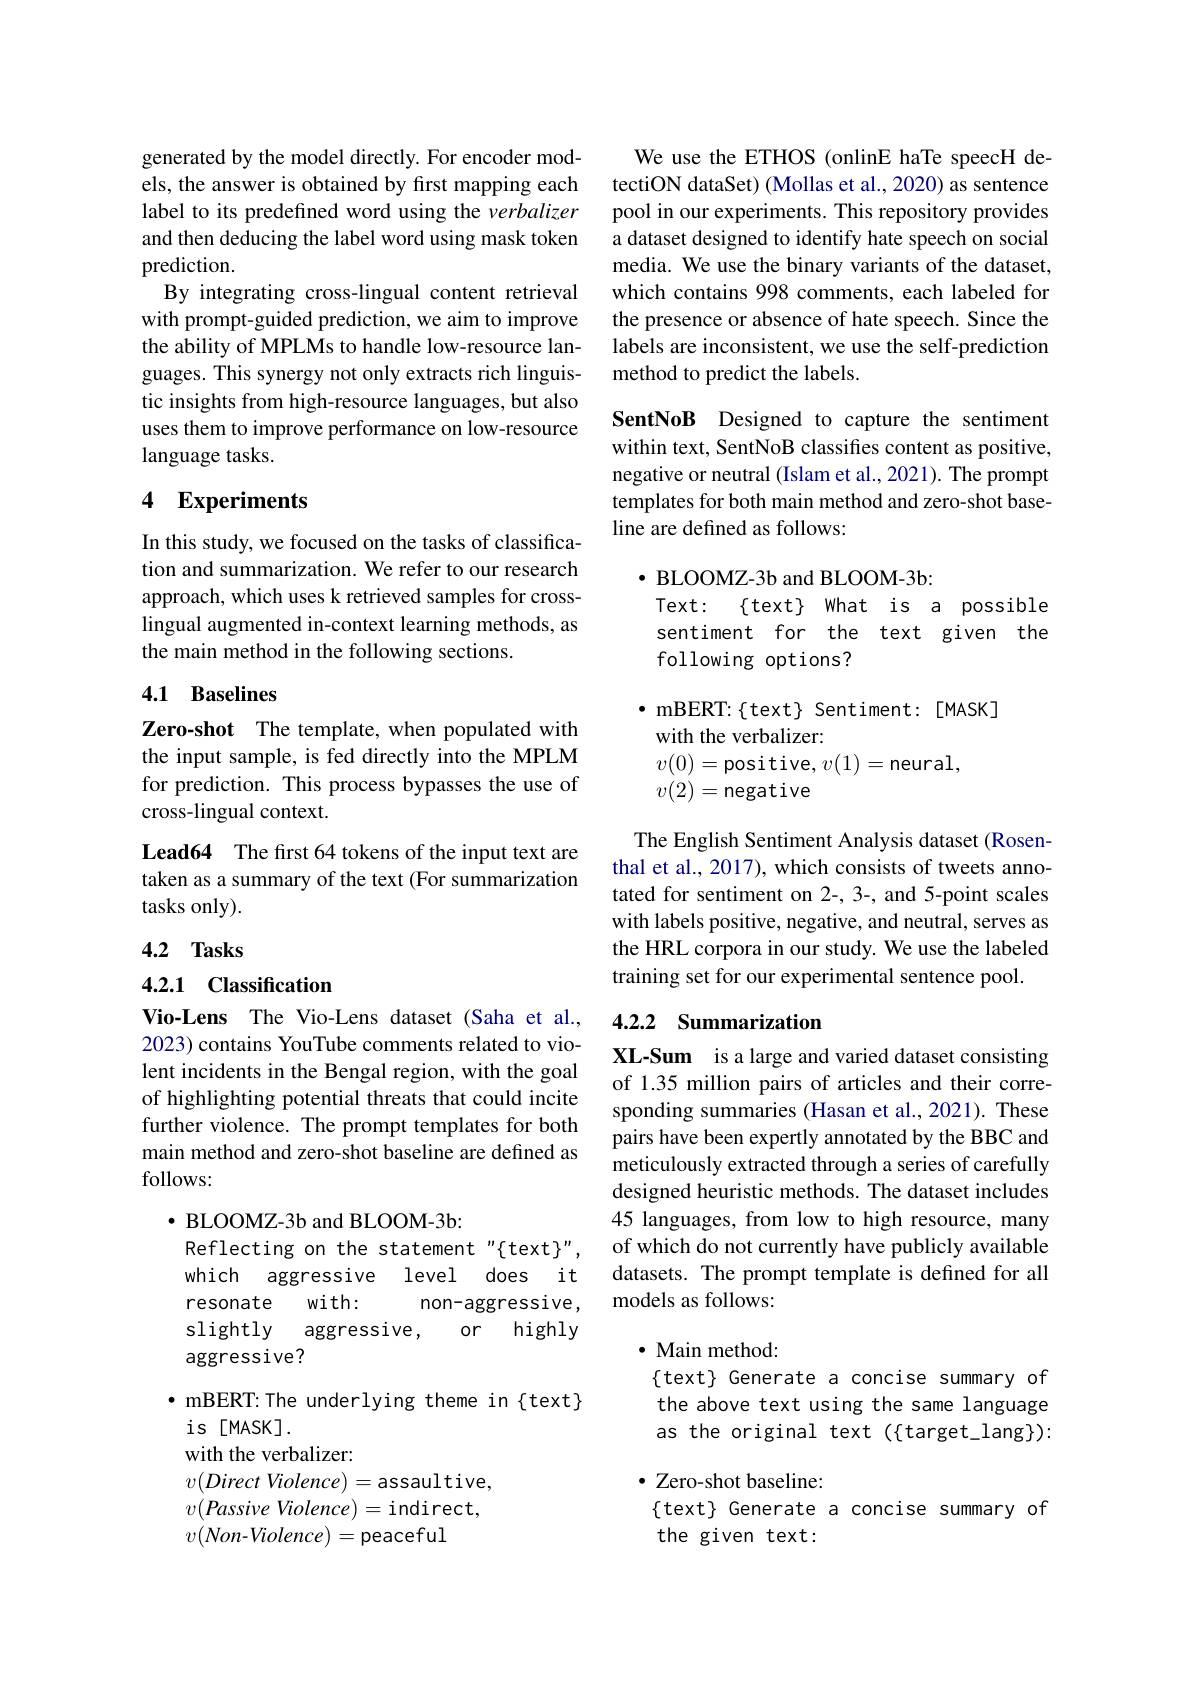
generated by the model directly. For encoder models, the answer is obtained by first mapping each label to its predefined word using the verbalizer and then deducing the label word using mask token prediction.
By integrating cross-lingual content retrieval with prompt-guided prediction, we aim to improve the ability of MPLMs to handle low-resource languages. This synergy not only extracts rich linguistic insights from high-resource languages, but also uses them to improve performance on low-resource language tasks.

## 4 Experiments

In this study, we focused on the tasks of classification and summarization. We refer to our research approach, which uses k retrieved samples for crosslingual augmented in-context learning methods, as the main method in the following sections.

### 4.1 Baselines

Zero-shot The template, when populated with the input sample, is fed directly into the MPLM for prediction. This process bypasses the use of cross-lingual context.

Lead64 The first 64 tokens of the input text are taken as a summary of the text (For summarization tasks only).

4.2 Tasks

## 4.2.1 Classification

Vio-Lens The Vio-Lens dataset (Saha et al., 2023) contains YouTube comments related to violent incidents in the Bengal region, with the goal of highlighting potential threats that could incite further violence. The prompt templates for both main method and zero-shot baseline are defined as follows:

$\bullet$ BLOOMZ-3b and BLOOM-3b:
Reflecting on the statement" ftext}", which aggressive level does it resonate
with:
non-aggressive,
or highly
slightly
aggressive,
aggressive?
$\bullet$ mBERT: The underlying theme in{text}
is[MASK].
with the verbalizer:
$v( Direct\textit{Violence}) =$assaultive, $v( \textit{Passive Violence}) =$indirect, $v(Non-Violence)=$peaceful

We use the ETHOS (onlinE haTe speecH detectiON dataSet) (Mollas et al., 2020) as sentence pool in our experiments. This repository provides a dataset designed to identify hate speech on social media. We use the binary variants of the dataset, which contains 998 comments, each labeled for the presence or absence of hate speech. Since the labels are inconsistent, we use the self-prediction method to predict the labels.

SentNoB Designed to capture the sentiment within text, SentNoB classifies content as positive, negative or neutral (Islam et al.,2021). The prompt templates for both main method and zero-shot baseline are defined as follows:

$\bullet$ BLOOMZ-3b and BLOOM-3b:
Text: $\{$text$\}$ What is a possible sentiment for the text given the following options?

$\bullet$ mBERT: { text} Sentiment: [MASK]
with the verbalizer:
$v(0)=$positive,$v(1)=$neural,
$v(2)=$negative

The English Sentiment Analysis dataset (Rosenthal et al., 2017), which consists of tweets annotated for sentiment on 2-, 3-, and 5-point scales with labels positive, negative, and neutral, serves as the HRL corpora in our study. We use the labeled training set for our experimental sentence pool.

## 4.2.2 Summarization

XL-Sum is a large and varied dataset consisting of 1.35 million pairs of articles and their corresponding summaries (Hasan et al.,2021). These pairs have been expertly annotated by the BBC and meticulously extracted through a series of carefully designed heuristic methods. The dataset includes 45 languages, from low to high resource, many of which do not currently have publicly available datasets. The prompt template is defined for all models as follows:

$\cdot$ Main method:
$\{text\} Generate a concise summary of$ the above text using the same language as the original text ({target}-lang)): · Zero-shot baseline:
$\{$text} Generate a concise summary of
the given text: